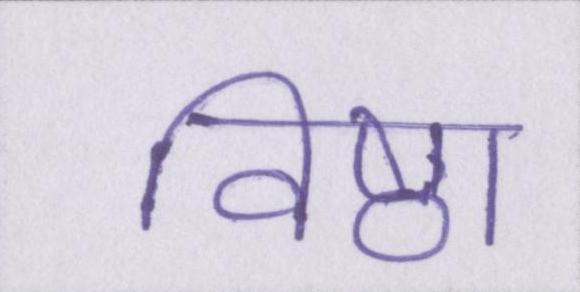
विष्ठा